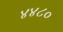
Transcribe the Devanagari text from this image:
४४८०